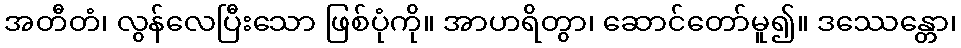
အတီတံ၊ လွန်လေပြီးသော ဖြစ်ပုံကို။ အာဟရိတွာ၊ ဆောင်တော်မူ၍။ ဒဿေန္တော၊